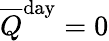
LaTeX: {\overline{{Q}}}^{\mathrm{day}}=0